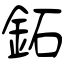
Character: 鉐